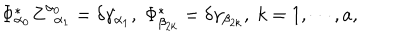
\Phi _ { \alpha _ { 0 } } ^ { * } Z _ { \; \; \alpha _ { 1 } } ^ { \alpha _ { 0 } } = \delta \gamma _ { \alpha _ { 1 } } , \; \Phi _ { \beta _ { 2 k } } ^ { * } = \delta \gamma _ { \beta _ { 2 k } } , \; k = 1 , \cdots , a ,